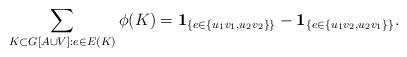
LaTeX: \begin{align*}\sum_{K\subset G[A\cup V]:e\in E(K)}\phi(K)=\mathbf{1}_{\{e\in \{u_1v_1,u_2v_2\}\}}-\mathbf{1}_{\{e\in \{u_1v_2,u_2v_1\}\}}.\end{align*}